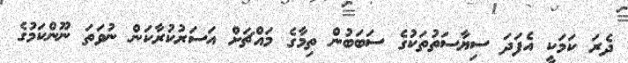
ދެރަ ކަމަކީ އެފަދަ ސިޔާސަތުތަކުގެ ސަބަބުން ތިމާގެ މައްޗަށް އަސަރުކުރާކަން ނުވަތަ ނޫންކަމުގެ